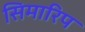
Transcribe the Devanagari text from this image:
सिमारिप